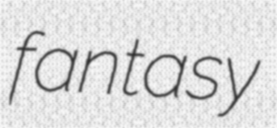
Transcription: fantasy